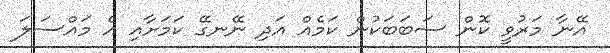
އޭނާ މަރުވީ ކޮން ސަބަބަކުން ކަމެއް އަދި ނޭނގޭ ކަމަށާއި އެ މައްސަލަ